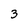
Character: 3